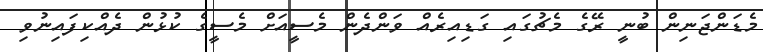
މެޑަންޖަނިން ބުނީ ރޭގެ މެޗުގައި ގަޑިއިރެއް ވަންދެން މެސީއަށް މެސީގެ ކުޅުން ދެއްކިފައިނުވި